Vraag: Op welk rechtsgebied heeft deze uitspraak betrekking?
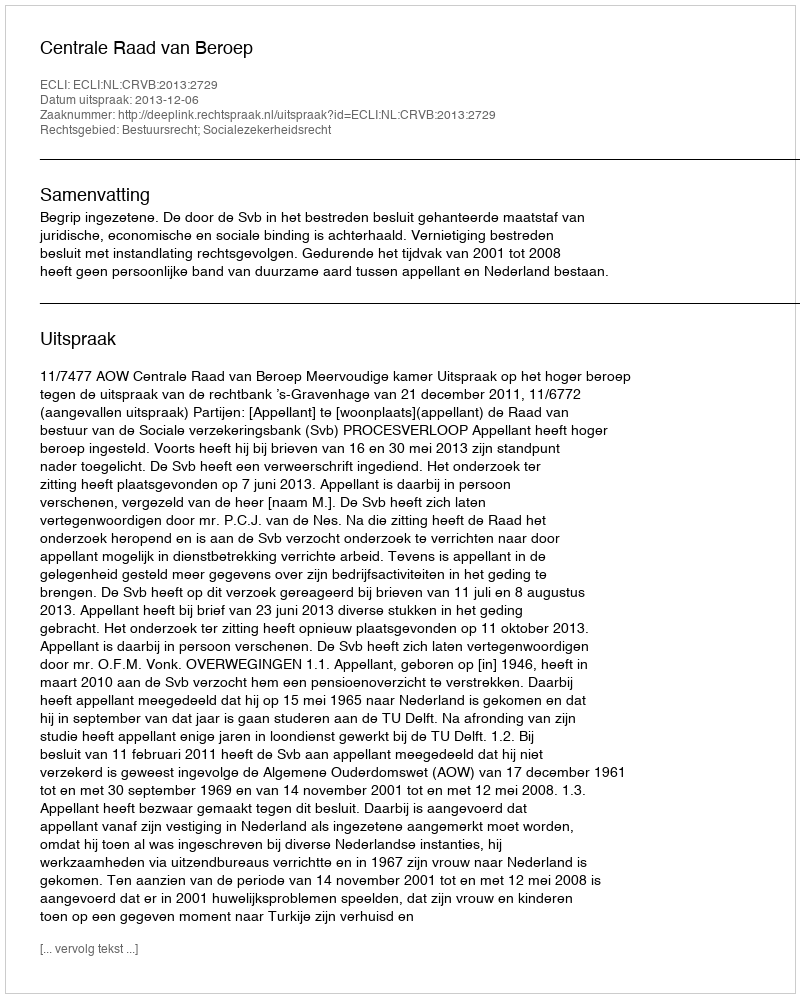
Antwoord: Bestuursrecht; Socialezekerheidsrecht